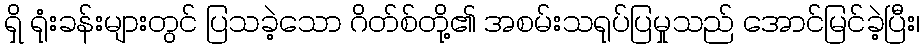
ရှိ ရုံးခန်းများတွင် ပြသခဲ့သော ဂိတ်စ်တို့၏ အစမ်းသရုပ်ပြမှုသည် အောင်မြင်ခဲ့ပြီး၊